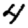
Digit: 4